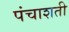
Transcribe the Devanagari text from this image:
पंचाशती